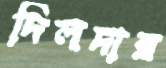
দিলদার